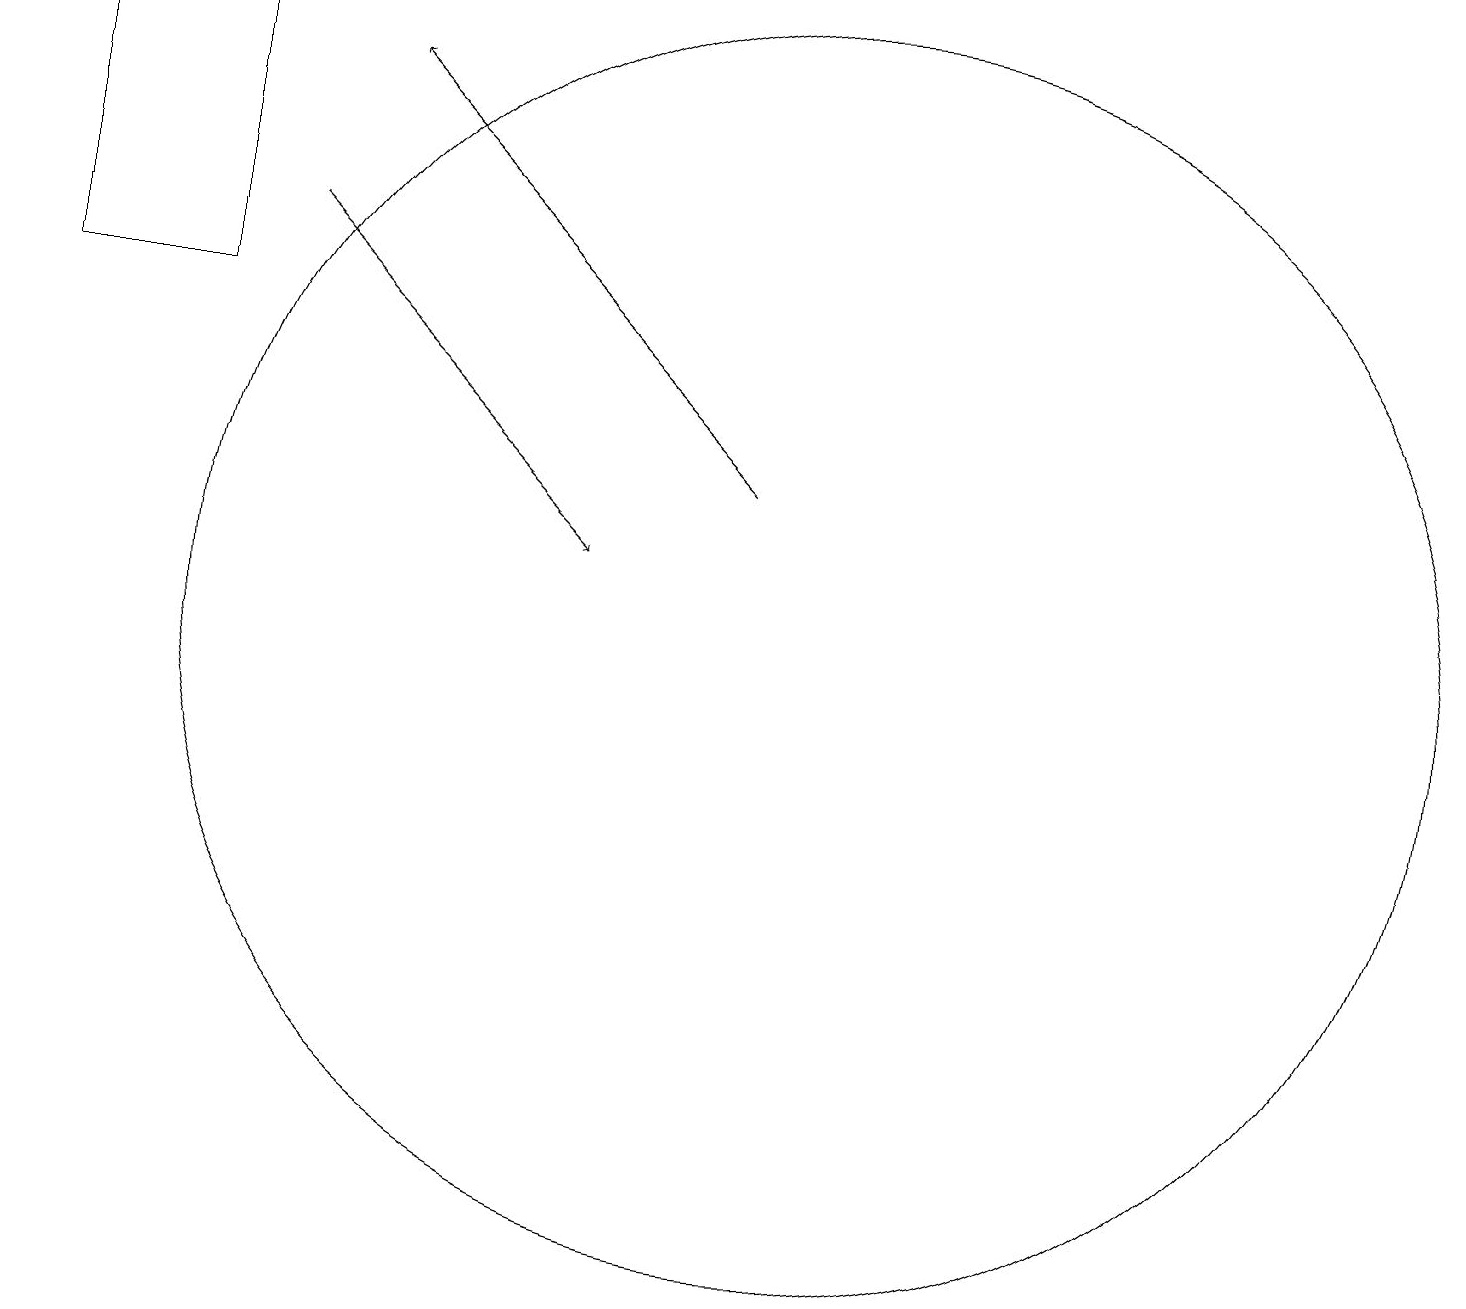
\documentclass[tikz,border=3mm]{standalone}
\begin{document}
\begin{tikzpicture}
\draw[->] (3,16) -- (7,12);
\draw[->] (9,13) -- (4,18);
\draw (2,19) rectangle (0,15);
\draw (10,11) circle (8);
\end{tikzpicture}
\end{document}